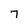
Character: 7